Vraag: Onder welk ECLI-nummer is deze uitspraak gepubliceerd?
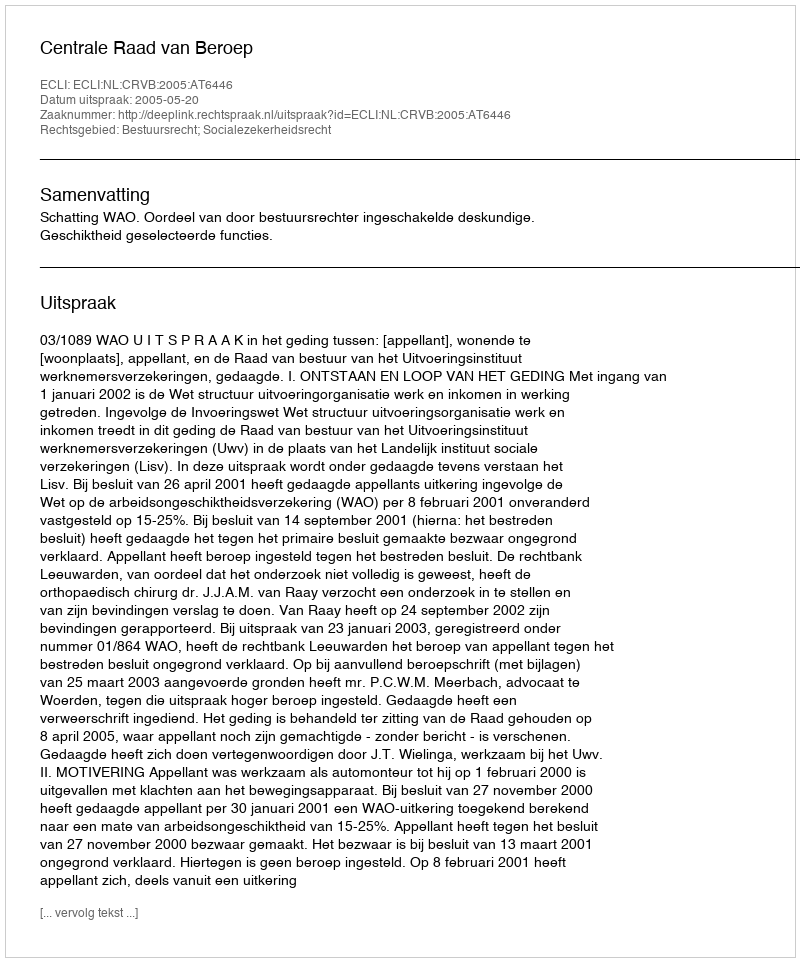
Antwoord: ECLI:NL:CRVB:2005:AT6446